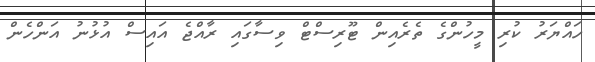
ހައްޔަރު ކުރި މީހުންގެ ތެރެއިން ޓޫރިސްޓް ވިސާގައި ރާއްޖެ އައިސް އުޅުނު އަންހެން